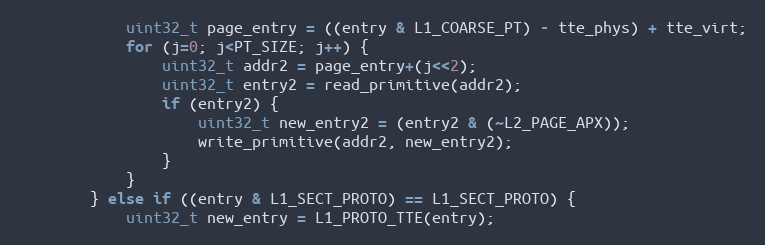
Language: C
            uint32_t page_entry = ((entry & L1_COARSE_PT) - tte_phys) + tte_virt;
            for (j=0; j<PT_SIZE; j++) {
                uint32_t addr2 = page_entry+(j<<2);
                uint32_t entry2 = read_primitive(addr2);
                if (entry2) {
                    uint32_t new_entry2 = (entry2 & (~L2_PAGE_APX));
                    write_primitive(addr2, new_entry2);
                }
            }
        } else if ((entry & L1_SECT_PROTO) == L1_SECT_PROTO) {
            uint32_t new_entry = L1_PROTO_TTE(entry);